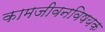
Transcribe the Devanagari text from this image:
कामजीवनविषयक